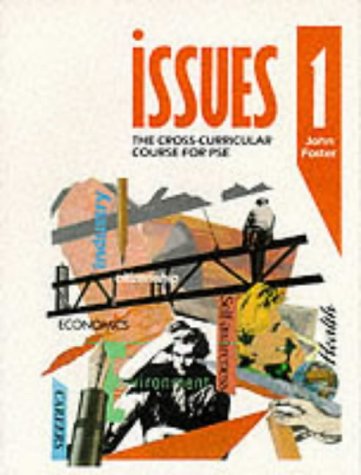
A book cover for Issues: Bk. 1: Cross-curricular Course for PSE (Issues - the Cross-curriculur Course for PSE); John Foster; Teen & Young Adult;